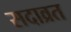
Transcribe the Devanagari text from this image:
सदाव्रत